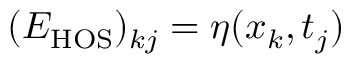
( E _ { \mathrm { H O S } } ) _ { k j } = \eta ( x _ { k } , t _ { j } )